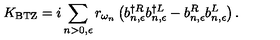
K _ { \mathrm { { B T Z } } } = i \sum _ { n > 0 , \epsilon } r _ { \omega _ { n } } \left( b _ { n , \epsilon } ^ { \dagger R } b _ { n , \epsilon } ^ { \dagger L } - b _ { n , \epsilon } ^ { R } b _ { n , \epsilon } ^ { L } \right) .